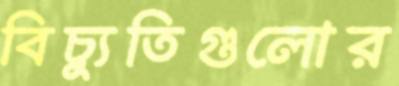
বিচ্যুতিগুলোর